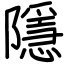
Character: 隱